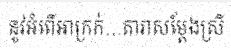
នូវអំពើអាក្រក់...តារាសម្តែងស្រី